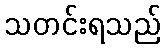
သတင်းရသည်